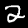
Digit: 2